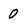
Character: 0